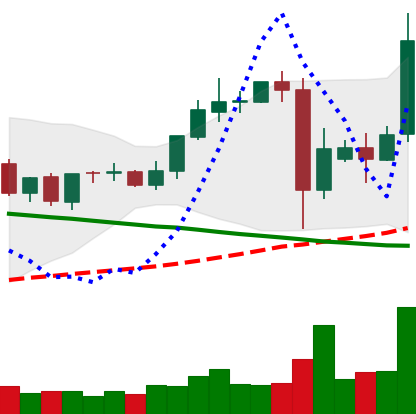
Ticker: TRX-USD
Chart end date: 2021-09-12
Forward return: -6.66%
Label: down_5_7